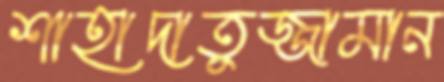
শাহাদাতুজ্জামান